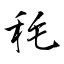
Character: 秏